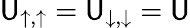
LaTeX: \mathsf{U}_{\uparrow,\uparrow}=\mathsf{U}_{\downarrow,\downarrow}=\mathsf{U}